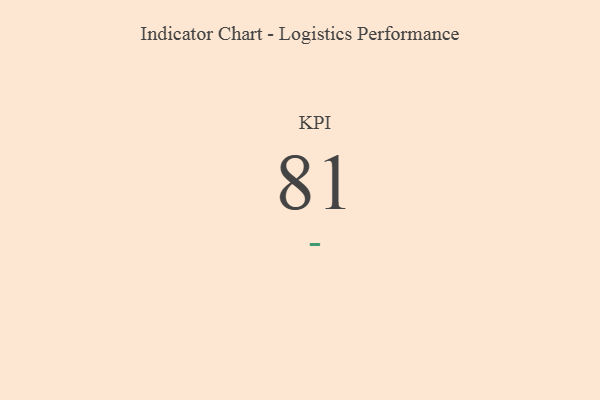
{"axis": {"x": "KPI", "y": "Value"}, "legend": [""], "data": [{"x": "KPI", "y": 81, "type": ""}]}